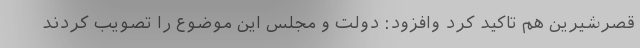
قصرشیرین هم تاکید کرد وافزود: دولت و مجلس این موضوع را تصویب کردند